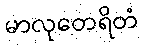
မာလုတေရိတံ